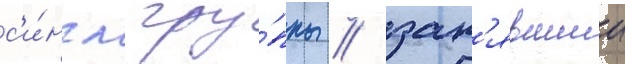
с'и́нгл гру́ппы / зан'явшии